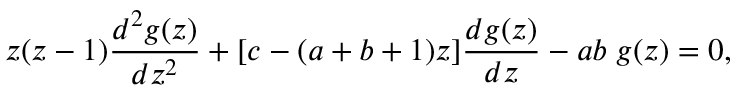
z ( z - 1 ) \frac { d ^ { 2 } g ( z ) } { d z ^ { 2 } } + [ c - ( a + b + 1 ) z ] \frac { d g ( z ) } { d z } - a b \; g ( z ) = 0 ,